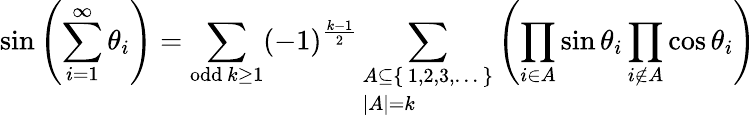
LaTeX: \sin\left(\sum_{i=1}^{\infty}\theta_{i}\right)=\sum_{{\mathrm{odd}}\ k\geq 1}(-1)^{\frac{k-1}{2}}\sum_{\begin{array}{l}{A\subseteq\{ \, 1,2,3,\dots\, \} }\\ {\left|A\right|=k}\end{array}}\left(\prod_{i\in A}\sin\theta_{i}\prod_{i\not\in A}\cos\theta_{i}\right)